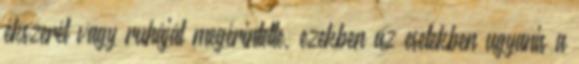
ékszerét vagy ruháját megérintette, ezekben az esetekben ugyanis a